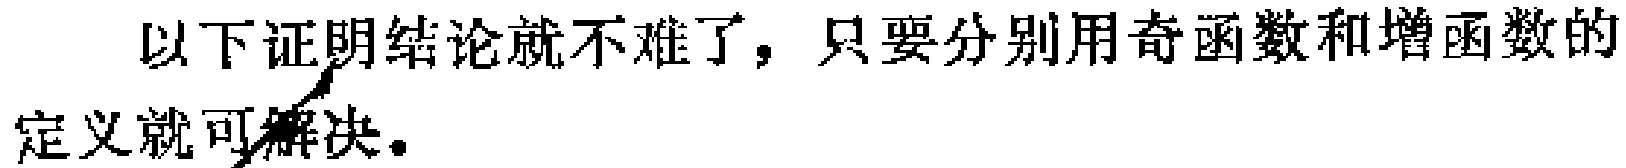
以下证明结论就不难了，只要分别用奇函数和增函数的定义就可解决。